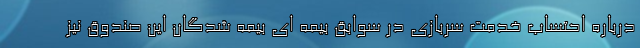
درباره احتساب خدمت سربازی در سوابق بیمه ای بیمه شدگان این صندوق نیز